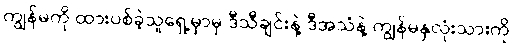
ကျွန်မကို ထားပစ်ခဲ့သူရှေ့မှာမှ ဒီသီချင်းနဲ့ ဒီအသံနဲ့ ကျွန်မနှလုံးသားကို